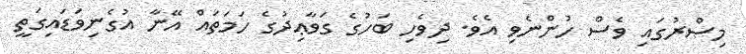
މިޞްރުގައި ވެސް ހުންނެވި އެވެ. ދިވެހި ބަހުގެ ގަވާޢިދުގެ ހަމަތައް އޭނާ އުގެނިވަޑައިގަތީ